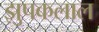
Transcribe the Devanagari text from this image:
झुपकलाल